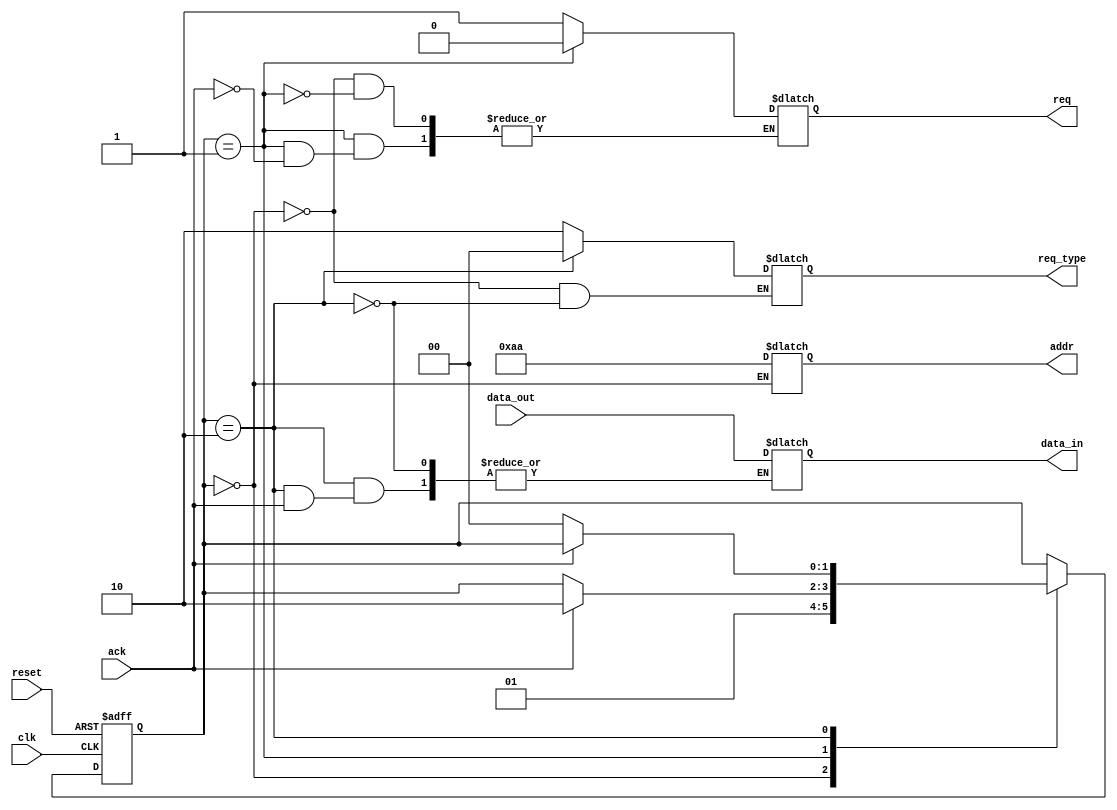
module master(
    input wire clk,
    input wire reset,
    input wire ack,
    output reg req,
    output reg [1:0] req_type, // 2-bit type: 00 = no operation, 01 = write, 10 = read
    output reg [7:0] addr,
    output reg [7:0] data_in,
    input wire [7:0] data_out // Data received from memory on read
);

    parameter IDLE = 2'b00, REQUEST = 2'b01, WAIT_ACK = 2'b10;
    reg [1:0] state, next_state;
    
    initial begin
        req = 0;
        req_type = 2'b00;
        addr = 8'b0;
        data_in = 8'b0;
    end

    always @(posedge clk or posedge reset) begin
        if (reset) begin
            state <= IDLE;
        end else begin
            state <= next_state;
        end
    end

    always @* begin
        next_state = state; // default to hold state
        case (state)
            IDLE: begin
                // Example conditions to initiate a request
                req_type = 2'b10; // For example, initiate a read operation
                addr = 8'hAA; // Example address
                req = 1; // Signal request
                next_state = REQUEST;
            end
            REQUEST: begin
                if (ack) begin
                    req = 0; // Clear request
                    next_state = WAIT_ACK;
                end
            end
            WAIT_ACK: begin
                req_type = 2'b00; // Reset request type
                if (!ack) begin
                    // Process received data
                    data_in = data_out; // Read from memory
                    next_state = IDLE; // Back to idle after completion
                end
            end
        endcase
    end
endmodule